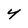
Character: Y